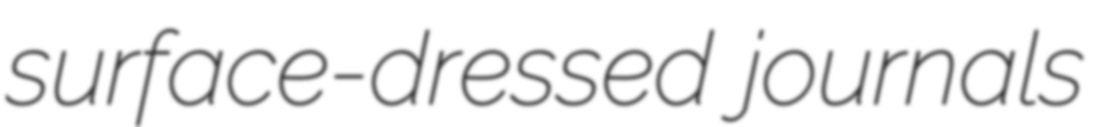
surface-dressed journals